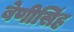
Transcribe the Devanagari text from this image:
बेणीसिंह